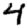
Digit: 4